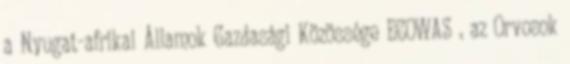
a Nyugat-afrikai Államok Gazdasági Közössége ECOWAS , az Orvosok